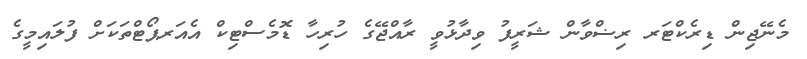
މެނޭޖިން ޑިރެކްޓަރ ރިޟްވާން ޝަރީފު ވިދާޅުވީ ރާއްޖޭގެ ހުރިހާ ޑޮމެސްޓިކް އެއަރޕޯޓްތަކަށް ފުލައިމީގެ